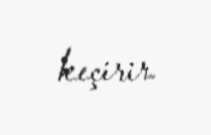
keçirir.